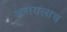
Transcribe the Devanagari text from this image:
असयलाच